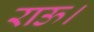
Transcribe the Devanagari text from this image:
राऊ।